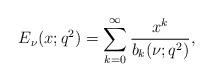
LaTeX: \begin{align*}E_\nu(x;q^2)=\sum_{k=0}^\infty \frac{x^{k}}{b_k(\nu;q^2)},\end{align*}